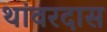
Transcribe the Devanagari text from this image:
थांवरदास